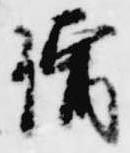
僧